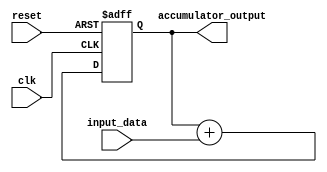
module accumulator (
    input wire clk,
    input wire reset,
    input wire signed [15:0] input_data,
    output reg signed [31:0] accumulator_output
);

reg signed [31:0] accumulator;

always @(posedge clk or posedge reset) begin
    if (reset) begin
        accumulator <= 32'd0;
    end else begin
        accumulator <= accumulator + input_data;
    end
end

assign accumulator_output = accumulator;

endmodule